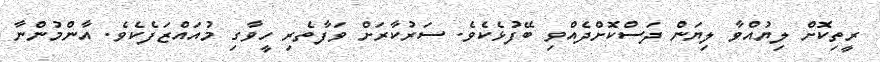
ރީތިކޮށް ލިޔުއްވާ ލިޔަން ދަސްކޮށްދެއްވި ބޭފުޅެކެވެ. ސަރުކާރަށް ވަފާތެރި ހީވާގި މުއައްޒަފެކެވެ. އާންމުންނާ